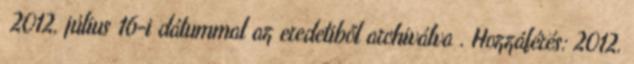
2012. július 16-i dátummal az eredetiből archiválva . Hozzáférés: 2012.